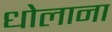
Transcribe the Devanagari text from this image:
धोलाना